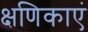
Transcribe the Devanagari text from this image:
क्षणिकाएं